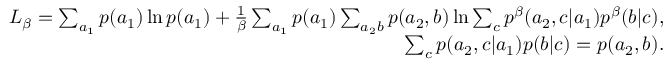
\begin{array} { r l r } & { } & { L _ { \beta } = \sum _ { a _ { 1 } } p ( a _ { 1 } ) \ln p ( a _ { 1 } ) + \frac { 1 } { \beta } \sum _ { a _ { 1 } } p ( a _ { 1 } ) \sum _ { a _ { 2 } b } p ( a _ { 2 } , b ) \ln \sum _ { c } p ^ { \beta } ( a _ { 2 } , c | a _ { 1 } ) p ^ { \beta } ( b | c ) , } \\ & { } & { \sum _ { c } p ( a _ { 2 } , c | a _ { 1 } ) p ( b | c ) = p ( a _ { 2 } , b ) . } \end{array}